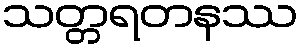
သတ္တရတနဿ